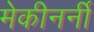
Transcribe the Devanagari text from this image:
मेकीनर्नी